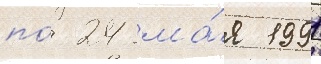
по́ 24 ма́я 1991